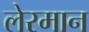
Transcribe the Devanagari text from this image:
लेरमान